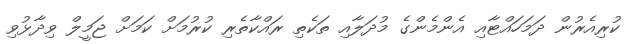
ކުރިއެރުން ދަމަހައްޓާއި އެންމެންގެ މުދަލާއި ތަކެތި ރައްކާތެރި ކުރުމަށް ކަމަށް ޖަމީލް ވިދާޅުވި